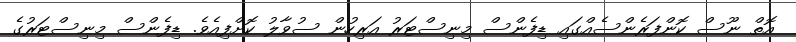
އޮތް ނޫސް ކޮންފަރެންސެއްގައި ޑިފެންސް މިނިސްޓަރު އަރިހުން ސުވާލު ކޮށްފިއެވެ. ޑިފެންސް މިނިސްޓަރުގެ